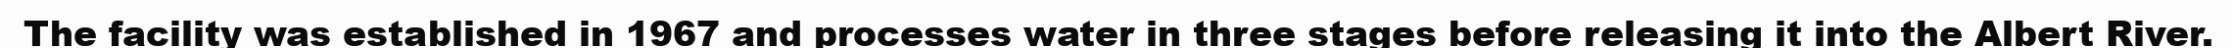
The facility was established in 1967 and processes water in three stages before releasing it into the Albert River.